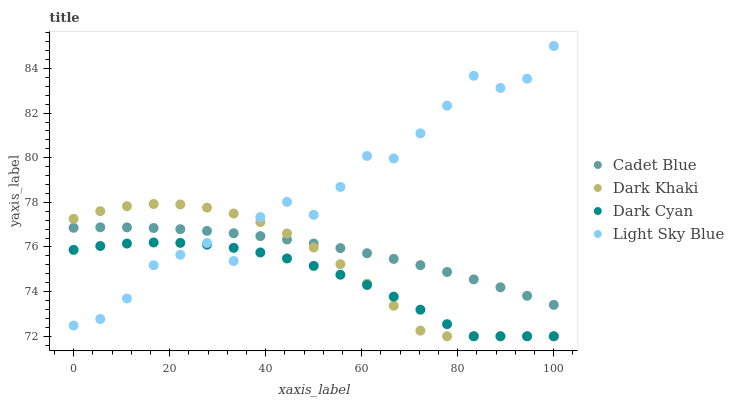
| xaxis_label | Cadet Blue | Dark Khaki | Dark Cyan | Light Sky Blue |
 | --- | --- | --- | --- | --- |
 | 0 | 76.9 | 77.3 | 75.9 | 72.5 |
 | 5.56 | 76.9 | 77.6 | 76 | 72.8 |
 | 11.1 | 76.9 | 77.8 | 76.2 | 73.7 |
 | 16.7 | 76.9 | 77.9 | 76.2 | 75.2 |
 | 22.2 | 76.8 | 77.9 | 76.2 | 75.6 |
 | 27.8 | 76.7 | 77.8 | 76.1 | 76.2 |
 | 33.3 | 76.6 | 77.5 | 76 | 75.4 |
 | 38.9 | 76.5 | 77.1 | 75.8 | 77.3 |
 | 44.4 | 76.3 | 76.6 | 75.5 | 78 |
 | 50 | 76.2 | 76 | 75.2 | 77.4 |
 | 55.6 | 76 | 75.2 | 74.8 | 78.7 |
 | 61.1 | 75.7 | 74.4 | 74.3 | 80.1 |
 | 66.7 | 75.5 | 73.4 | 73.8 | 80 |
 | 72.2 | 75.2 | 72.3 | 73.2 | 81.1 |
 | 77.8 | 74.9 | 72 | 72.5 | 82.3 |
 | 83.3 | 74.5 | 72 | 72 | 83.7 |
 | 88.9 | 74.2 | 72 | 72 | 83.1 |
 | 94.4 | 73.8 | 72 | 72 | 83.5 |
 | 100 | 73.4 | 72 | 72 | 85 |